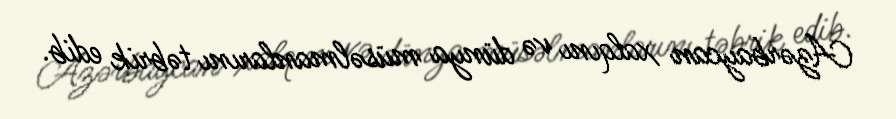
Azərbaycan xalqını və dünya müsəlmanlarını təbrik edib.